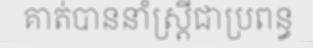
គាត់បាននាំស្ត្រីជាប្រពន្ធ